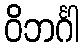
ဝိဘင်္ဂါ